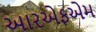
આરએફએમ